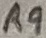
Text: R9